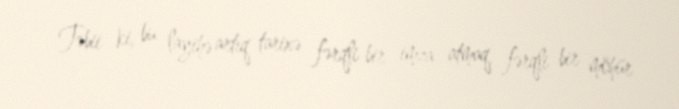
Təbii ki, bu layihə artıq tarixə fərqli bir imza atmaq, fərqli bir möhür